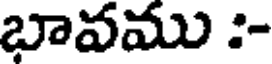
బావము :-